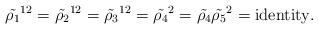
LaTeX: \begin{align*}{\tilde{\rho_{1}}}^{12} = {\tilde{\rho_{2}}}^{12}= {\tilde{\rho_{3}}}^{12} = {\tilde{\rho_{4}}}^{2}= {\tilde{\rho_{4}}}{\tilde{\rho_{5}}}^{2}= {\rm identity}.\end{align*}